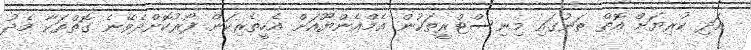
އަދި ކުރިޔަށް އޮތް ތަނުގައި މިނިސްޓްރީތަކުން އެމްއެންޔޫއަށް އެހީތެރިކަން ފޯރުކޮށްދެވޭނެ ގޮތްތަކާ މެދު